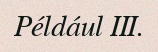
Például III.